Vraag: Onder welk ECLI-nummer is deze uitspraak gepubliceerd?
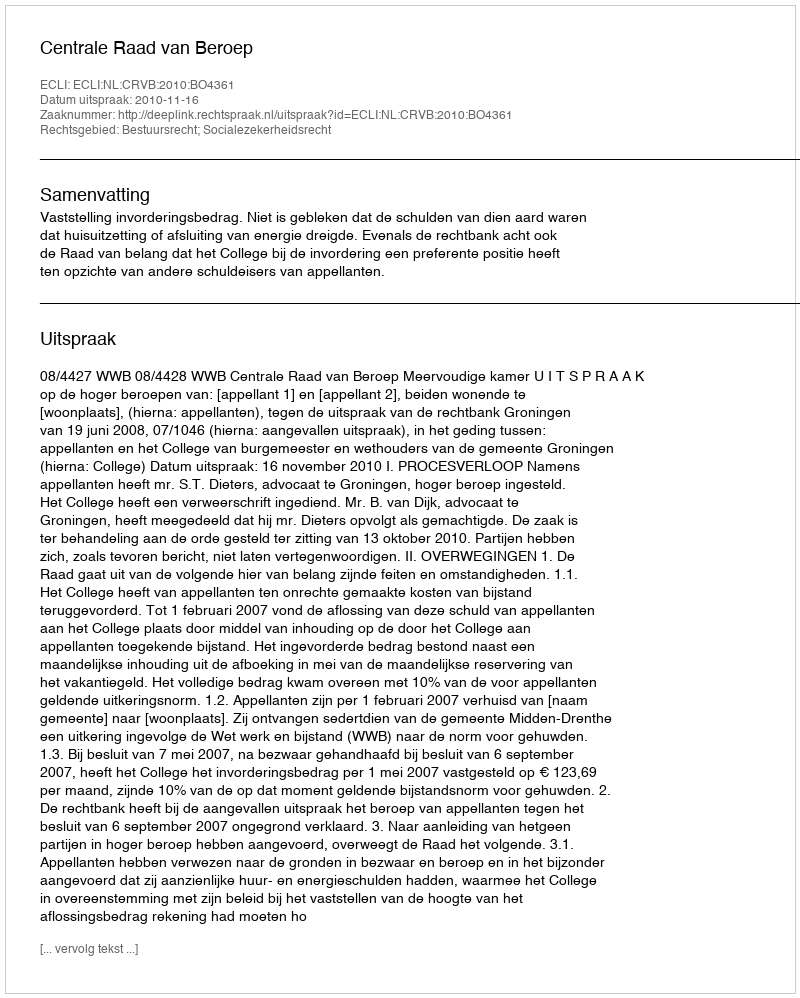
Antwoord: ECLI:NL:CRVB:2010:BO4361